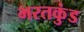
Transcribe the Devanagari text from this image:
भरतकुंड